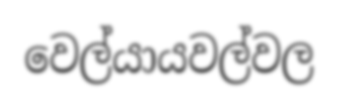
වෙල්යායවල්වල